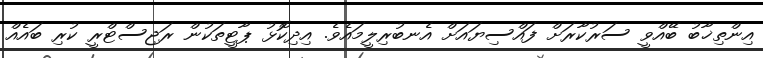
އިންތިޚާބު ބޭއްވީ ސަރުކާރަށް ފައްސިޔައަށް އެނބުރިލީމައެވެ. އިދިކޮޅު ޕާޓީތަކުން ރަޖިސްޓްރީ ކުރި ބައެއް